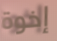
إخوة